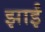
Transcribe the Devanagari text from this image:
झाईं